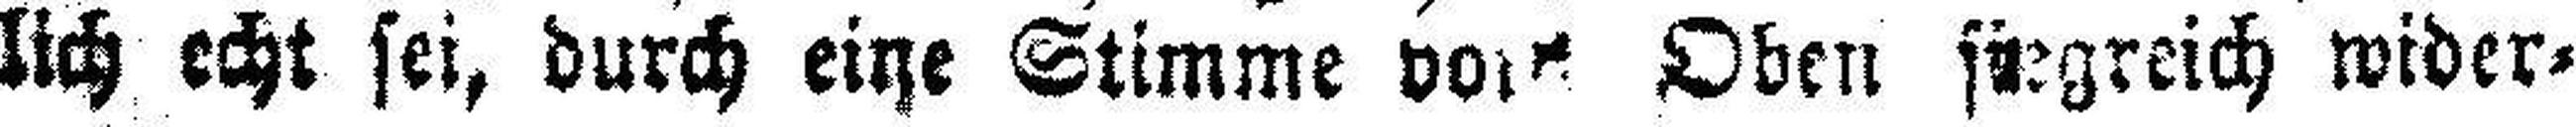
lich echt sei, durch eiqe Stimme em* Oben siegreich wider-